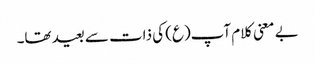
بے معنی کلام آپ(ع) کی ذات سے بعید تھا۔